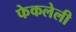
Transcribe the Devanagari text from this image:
फेकलेली